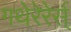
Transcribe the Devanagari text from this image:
गथेरेरेर्स्